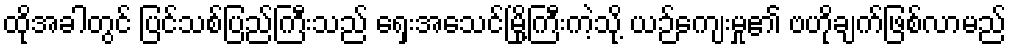
ထိုအခါတွင် ပြင်သစ်ပြည်ကြီးသည် ရှေးအေသင်မြို့ကြီးကဲ့သို့ ယဉ်ကျေးမှု၏ ဗဟိုချက်ဖြစ်လာမည်